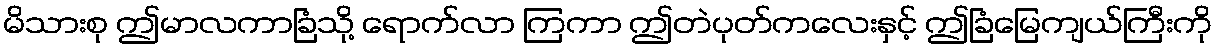
မိသားစု ဤမာလကာခြံသို့ ရောက်လာ ကြကာ ဤတဲပုတ်ကလေးနှင့် ဤခြံမြေကျယ်ကြီးကို